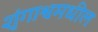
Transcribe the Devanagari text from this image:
शृंगाश्वमधील